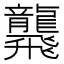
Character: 𪚢